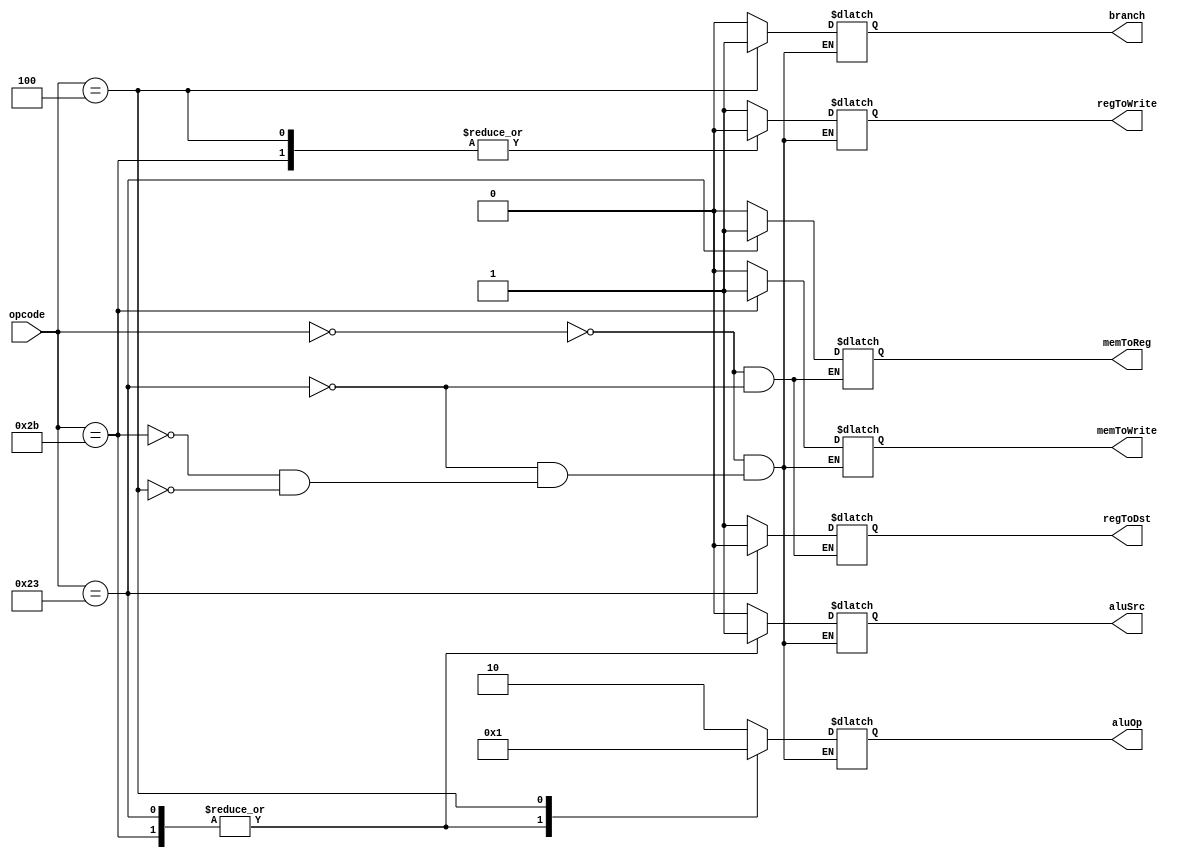
module main_decoder(
    input [5:0] opcode,	
    output memToReg, memToWrite, branch, aluSrc, regToDst, regToWrite,
    output [1:0] aluOp
);

reg memToRegR, memToWriteR, branchR, aluSrcR, regToDstR, regToWriteR;
reg [1:0] aluOpR;

assign regToWrite  = regToWriteR;
assign regToDst    = regToDstR;
assign aluSrc      = aluSrcR;
assign branch      = branchR;
assign memToWrite  = memToWriteR;
assign memToReg    = memToRegR;
assign aluOp       = aluOpR;

always @*
begin
    case (opcode)
        6'h00:  
        begin   
            regToWriteR  = 1'b1;
            regToDstR    = 1'b1;
            aluSrcR      = 1'b0;
            branchR      = 1'b0;
            memToWriteR  = 1'b0;
            memToRegR    = 1'b0;
            aluOpR       = 2'b10;
        end
        6'h23:   
        begin
            regToWriteR  = 1'b1;
            regToDstR    = 1'b0;
            aluSrcR      = 1'b1;
            branchR      = 1'b0;
            memToWriteR  = 1'b0;
            memToRegR    = 1'b1;
            aluOpR       = 2'b00;
        end
        6'h2B:
        begin
            regToWriteR  = 1'b0;
            aluSrcR      = 1'b1;
            branchR      = 1'b0;
            memToWriteR  = 1'b1;
            aluOpR       = 2'b00;
        end
        6'h04:
        begin
            regToWriteR  = 1'b0;
            aluSrcR      = 1'b0;
            branchR      = 1'b1;
            memToWriteR  = 1'b0;
            aluOpR       = 2'b01;
        end
    endcase
end

endmodule